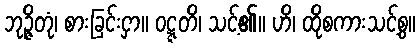
ဘုဉ္ဇိတုံ၊ စားခြင်းငှာ။ ဝဋ္ဋတိ၊ သင့်၏။ ဟိ၊ ထိုစကားသင့်စွ။